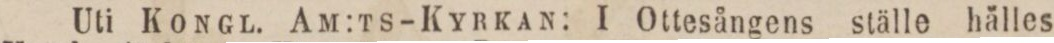
Uti Kongl. Am:ts-Kyrkan: I Ottesångens ställe hälles